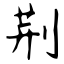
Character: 荆